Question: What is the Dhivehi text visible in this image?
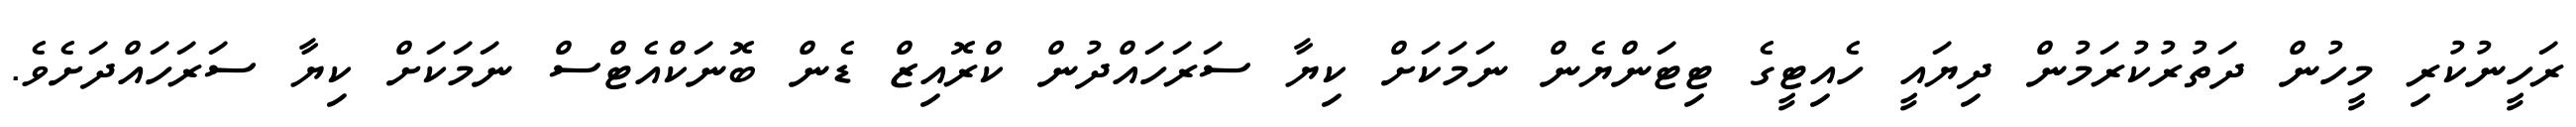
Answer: ރަހީނުކުރި މީހުން ދަތުރުކުރަމުން ދިޔައީ ހެއިޓީގެ ޓިޓަންޔެން ނަމަކަށް ކިޔާ ސަރަހައްދުން ކްރޮއިޒް ޑެން ބޮނަކްއެޓްސް ނަމަކަށް ކިޔާ ސަރަހައްދަށެވެ.